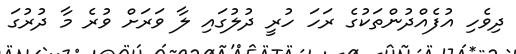
ދިވެހި އުފެއްދުންތަކުގެ ރަހަ ހުރީ ދުލުގައި ލާ ވަރަށް ވުރެ މާ ދުރުގަ